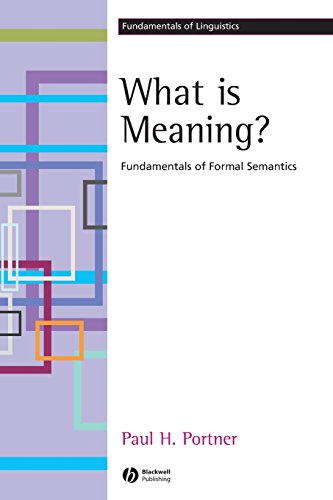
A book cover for What is Meaning?: Fundamentals of Formal Semantics (Fundamentals of Linguistics); Paul H. Portner; Reference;